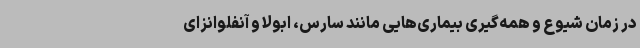
در زمان شیوع و همه‌گیری بیماری‌هایی مانند سارس، ابولا و آنفلوانزای